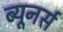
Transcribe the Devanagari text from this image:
ब्यूनर्स